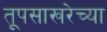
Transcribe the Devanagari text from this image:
तूपसाखरेच्या